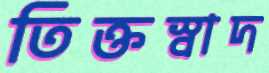
তিক্তস্বাদ